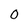
Character: O